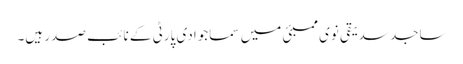
ساجد سدیقی نوی ممبئی میں سماجوادی پارٹی کے نائب صدر ہیں۔